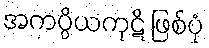
အကပ္ပိယကုဋိ ဖြစ်ပုံ